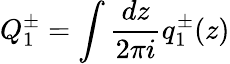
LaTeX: Q_{1}^{\pm}=\int{\frac{dz}{2\pi i}}q_{1}^{\pm}(z)